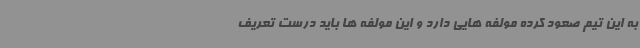
به این تیم صعود کرده مولفه هایی دارد و این مولفه ها باید درست تعریف